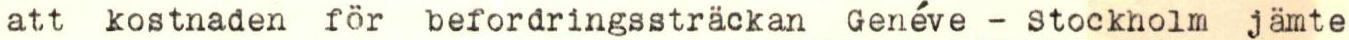
att kostnaden för befordringssträckan Genéve - Stockholm jämte